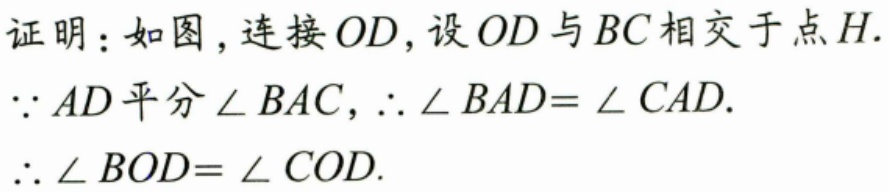
证明：如图，连接\(OD\)，设\(OD\)与\(BC\)相交于点\(H\).
\(\because AD\)平分\(\angle BAC\)，\(\therefore\angle BAD = \angle CAD\).
\(\therefore\angle BOD=\angle COD\).